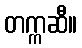
တက္ကဆီ။